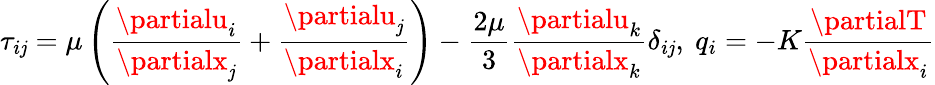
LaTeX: \tau_{i\mathit{j}}=\mu\left(\frac{{\partialu_{i}}}{{\partialx_{\mathit{j}}}}+\frac{{\partialu_{\mathit{j}}}}{{\partialx_{i}}}\right)-\frac{{2\mu}}{{3}}\frac{{\partialu_{k}}}{{\partialx_{k}}}\delta_{i\mathit{j}},\ q_{i}=-K\frac{{\partialT}}{{\partialx_{i}}}